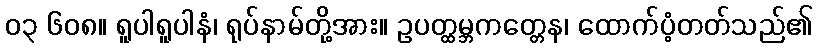
၀၃ ၆၀၈။ ရူပါရူပါနံ၊ ရုပ်နာမ်တို့အား။ ဥပတ္ထမ္ဘကတ္တေန၊ ထောက်ပံ့တတ်သည်၏